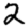
Digit: 2